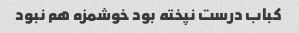
کباب درست نپخته بود خوشمزه هم نبود